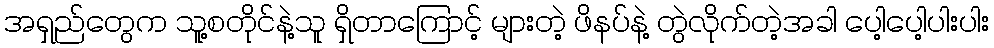
အရှည်တွေက သူ့စတိုင်နဲ့သူ ရှိတာကြောင့် များတဲ့ ဖိနပ်နဲ့ တွဲလိုက်တဲ့အခါ ပေါ့ပေါ့ပါးပါး